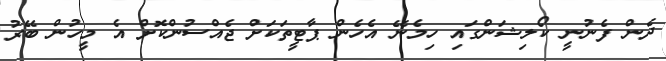
ދެން ފެނުނީ ކޯލިޝަންގައި ހިމެނޭ އެހެން ޕާޓީތަކަށް ޖެއްސުންކޮށް އެ މީހުން ބޭރު